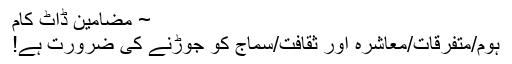
~ مضامین ڈاٹ کام
ہوم/متفرقات/معاشرہ اور ثقافت/سماج کو جوڑنے کی ضرورت ہے!